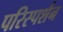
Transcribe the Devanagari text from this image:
परिस्‍पर्शन